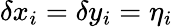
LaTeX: \delta x_{i}=\delta y_{i}=\eta_{i}